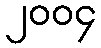
၂၀၀၄